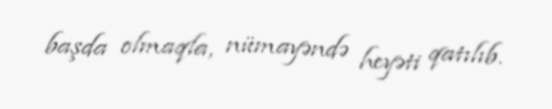
başda olmaqla, nümayəndə heyəti qatılıb.